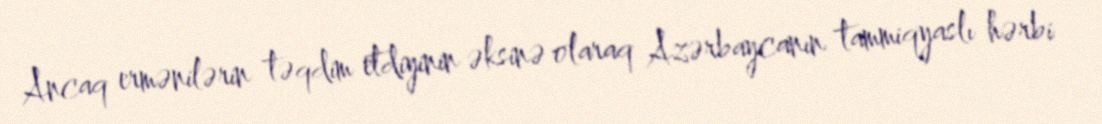
Ancaq ermənilərin təqdim etdiyinin əksinə olaraq Azərbaycanın tammiqyaslı hərbi